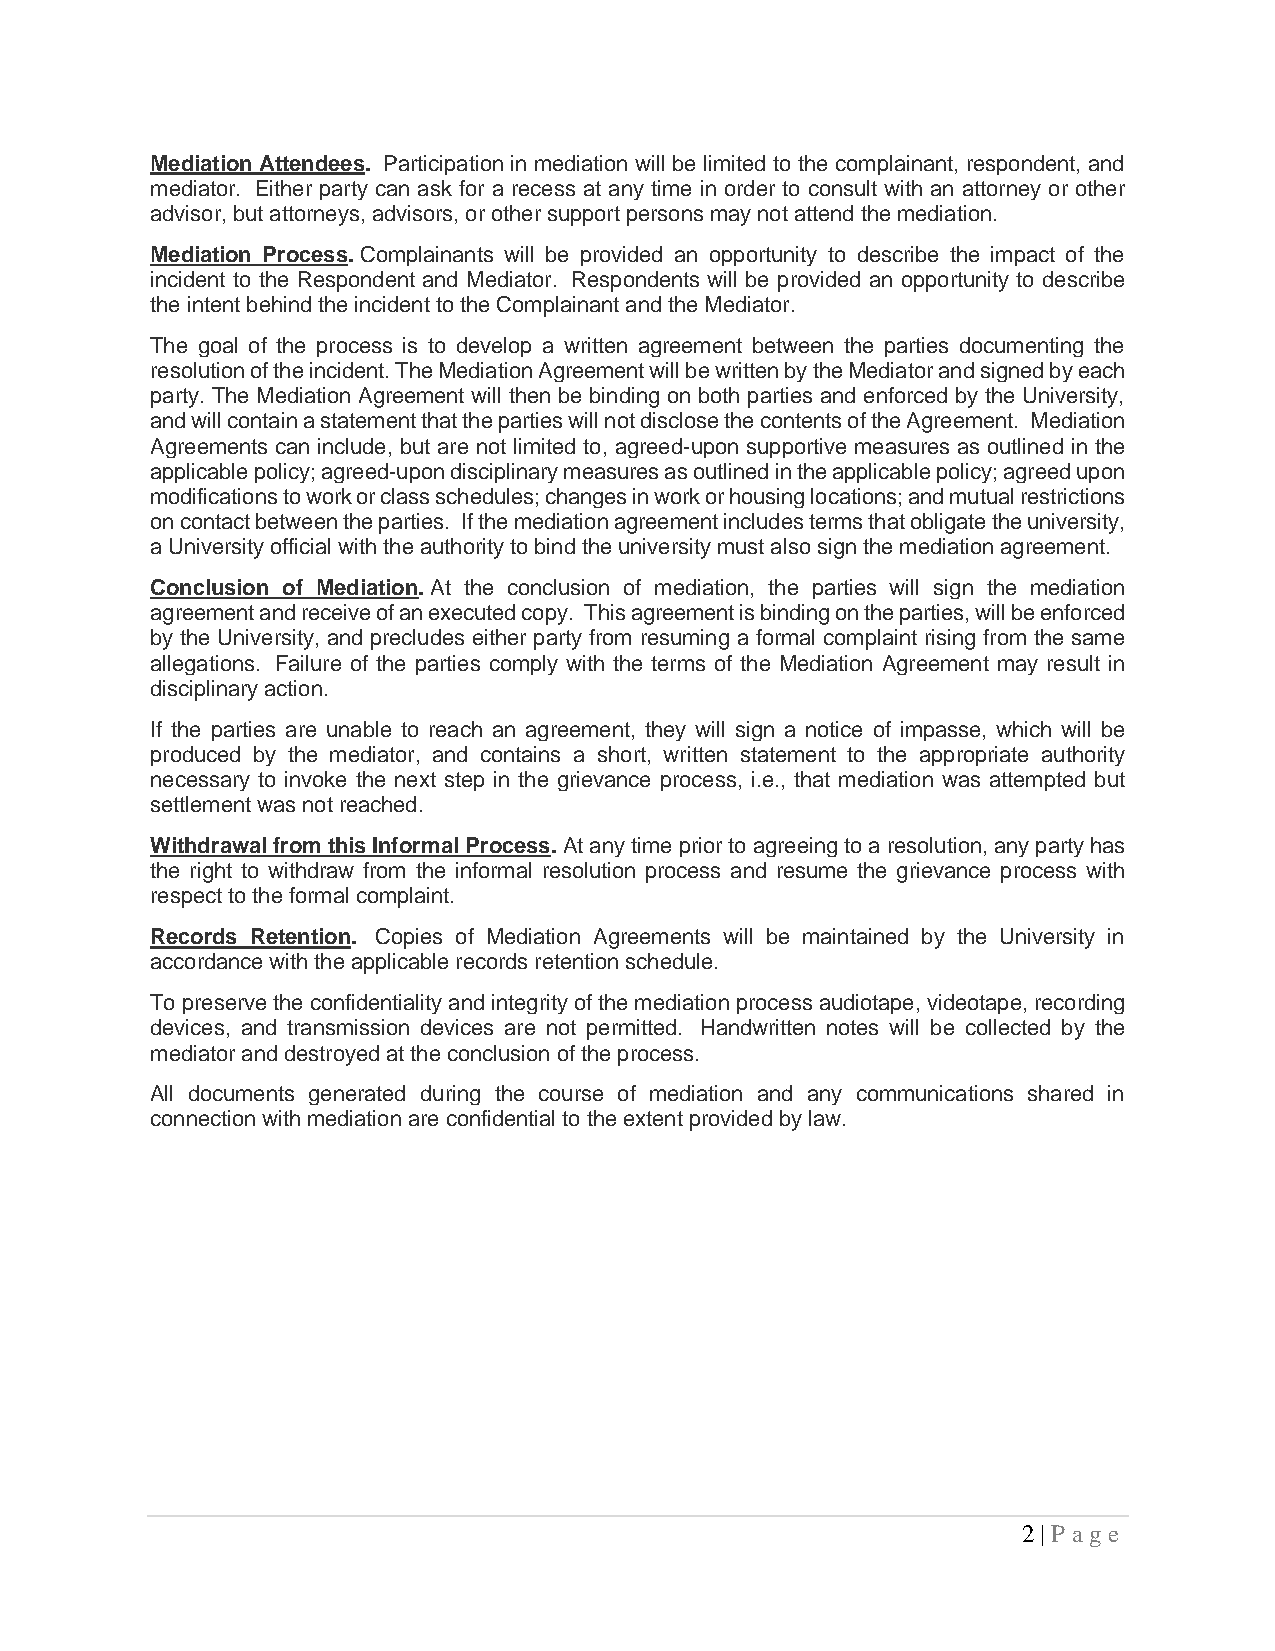
Mediation Attendees. Participation in mediation will be limited to the complainant, respondent, and
 mediator. Either party can ask for a recess at any time in order to consult with an attorney or other
 advisor, but attorneys, advisors, or other support persons may not attend the mediation.
 Mediation Process. Complainants will be provided an opportunity to describe the impact of the
 incident to the Respondent and Mediator. Respondents will be provided an opportunity to describe
 the intent behind the incident to the Complainant and the Mediator.
 The goal of the process is to develop a written agreement between the parties documenting the
 resolution of the incident. The Mediation Agreement will be written by the Mediator and signed by each
 party. The Mediation Agreement will then be binding on both parties and enforced by the University,
 and will contain a statement that the parties will not disclose the contents of the Agreement. Mediation
 Agreements can include, but are not limited to, agreed-upon supportive measures as outlined in the
 applicable policy; agreed-upon disciplinary measures as outlined in the applicable policy; agreed upon
 modifications to work or class schedules; changes in work or housing locations; and mutual restrictions
 on contact between the parties. If the mediation agreement includes terms that obligate the university,
 a University official with the authority to bind the university must also sign the mediation agreement.
 Conclusion of Mediation. At the conclusion of mediation, the parties will sign the mediation
 agreement and receive of an executed copy. This agreement is binding on the parties, will be enforced
 by the University, and precludes either party from resuming a formal complaint rising from the same
 allegations. Failure of the parties comply with the terms of the Mediation Agreement may result in
 disciplinary action.
 If the parties are unable to reach an agreement, they will sign a notice of impasse, which will be
 produced by the mediator, and contains a short, written statement to the appropriate authority
 necessary to invoke the next step in the grievance process, i.e., that mediation was attempted but
 settlement was not reached.
 Withdrawal from this Informal Process. At any time prior to agreeing to a resolution, any party has
 the right to withdraw from the informal resolution process and resume the grievance process with
 respect to the formal complaint.
 Records Retention. Copies of Mediation Agreements will be maintained by the University in
 accordance with the applicable records retention schedule.
 To preserve the confidentiality and integrity of the mediation process audiotape, videotape, recording
 devices, and transmission devices are not permitted. Handwritten notes will be collected by the
 mediator and destroyed at the conclusion of the process.
 All documents generated during the course of mediation and any communications shared in
 connection with mediation are confidential to the extent provided by law.
 2 | P age